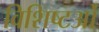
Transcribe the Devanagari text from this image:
विशिष्टओं